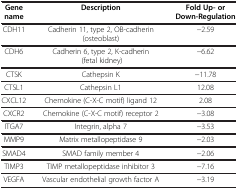
<table><thead><tr><td><b>Gene name</b></td><td><b>Description</b></td><td><b>Fold Up- or Down-Regulation</b></td></tr></thead><tbody><tr><td>CDH11</td><td>Cadherin 11, type 2, OB-cadherin (osteoblast)</td><td>−2.59</td></tr><tr><td>CDH6</td><td>Cadherin 6, type 2, K-cadherin (fetal kidney)</td><td>−6.62</td></tr><tr><td>CTSK</td><td>Cathepsin K</td><td>−11.78</td></tr><tr><td>CTSL1</td><td>Cathepsin L1</td><td>12.08</td></tr><tr><td>CXCL12</td><td>Chemokine (C-X-C motif) ligand 12</td><td>2.08</td></tr><tr><td>CXCR2</td><td>Chemokine (C-X-C motif) receptor 2</td><td>−3.08</td></tr><tr><td>ITGA7</td><td>Integrin, alpha 7</td><td>−3.53</td></tr><tr><td>MMP9</td><td>Matrix metallopeptidase 9</td><td>−2.03</td></tr><tr><td>SMAD4</td><td>SMAD family member 4</td><td>−2.06</td></tr><tr><td>TIMP3</td><td>TIMP metallopeptidase inhibitor 3</td><td>−7.16</td></tr><tr><td>VEGFA</td><td>Vascular endothelial growth factor A</td><td>−3.19</td></tr></tbody></table>